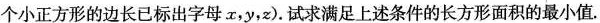
个小正方形的边长已标出字母x，y，z).试求满足上述条件的长方形面积的最小值.